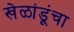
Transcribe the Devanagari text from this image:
खेळांडूंचा